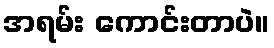
အရမ်း ကောင်းတာပဲ။